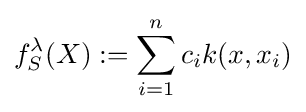
f_{S}^{\lambda }(X):=\sum _{i=1}^{n}c_{i}k(x,x_{i})